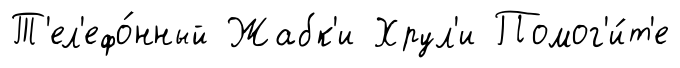
Т'ел'ефо́нный Жабк'и Хрул'и Помог'и́т'е